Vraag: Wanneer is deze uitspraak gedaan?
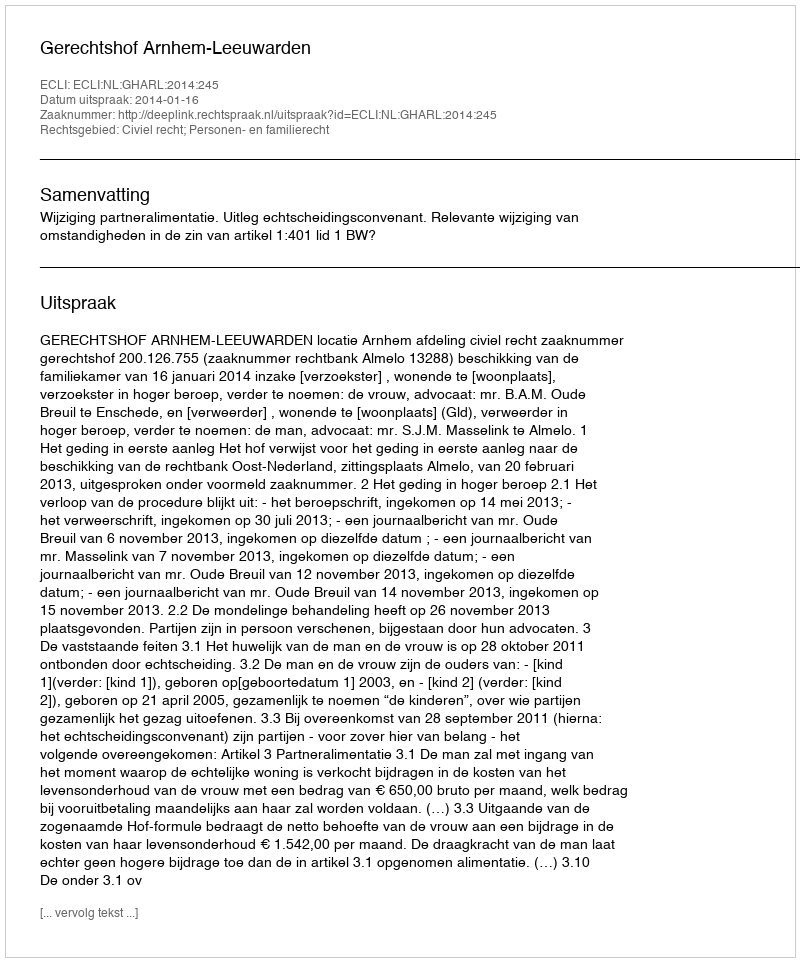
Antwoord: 2014-01-16